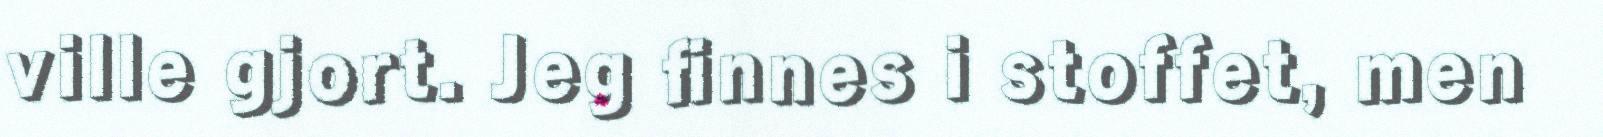
ville gjort. Jeg finnes i stoffet, men